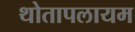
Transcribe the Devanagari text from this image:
थोतापलायम